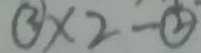
\textcircled { 3 } \times 2 - \textcircled { 2 }